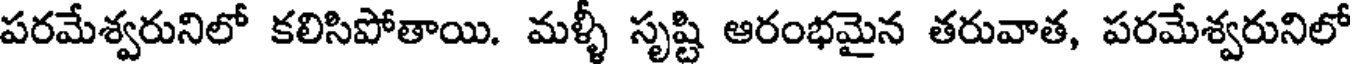
పరమేశ్వరునిలో కలిసిపోతాయి. మళ్ళీ సృష్టి ఆరంభమైన తరువాత, పరమేశ్వరునిలో